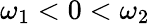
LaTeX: \omega_{1}<0<\omega_{2}